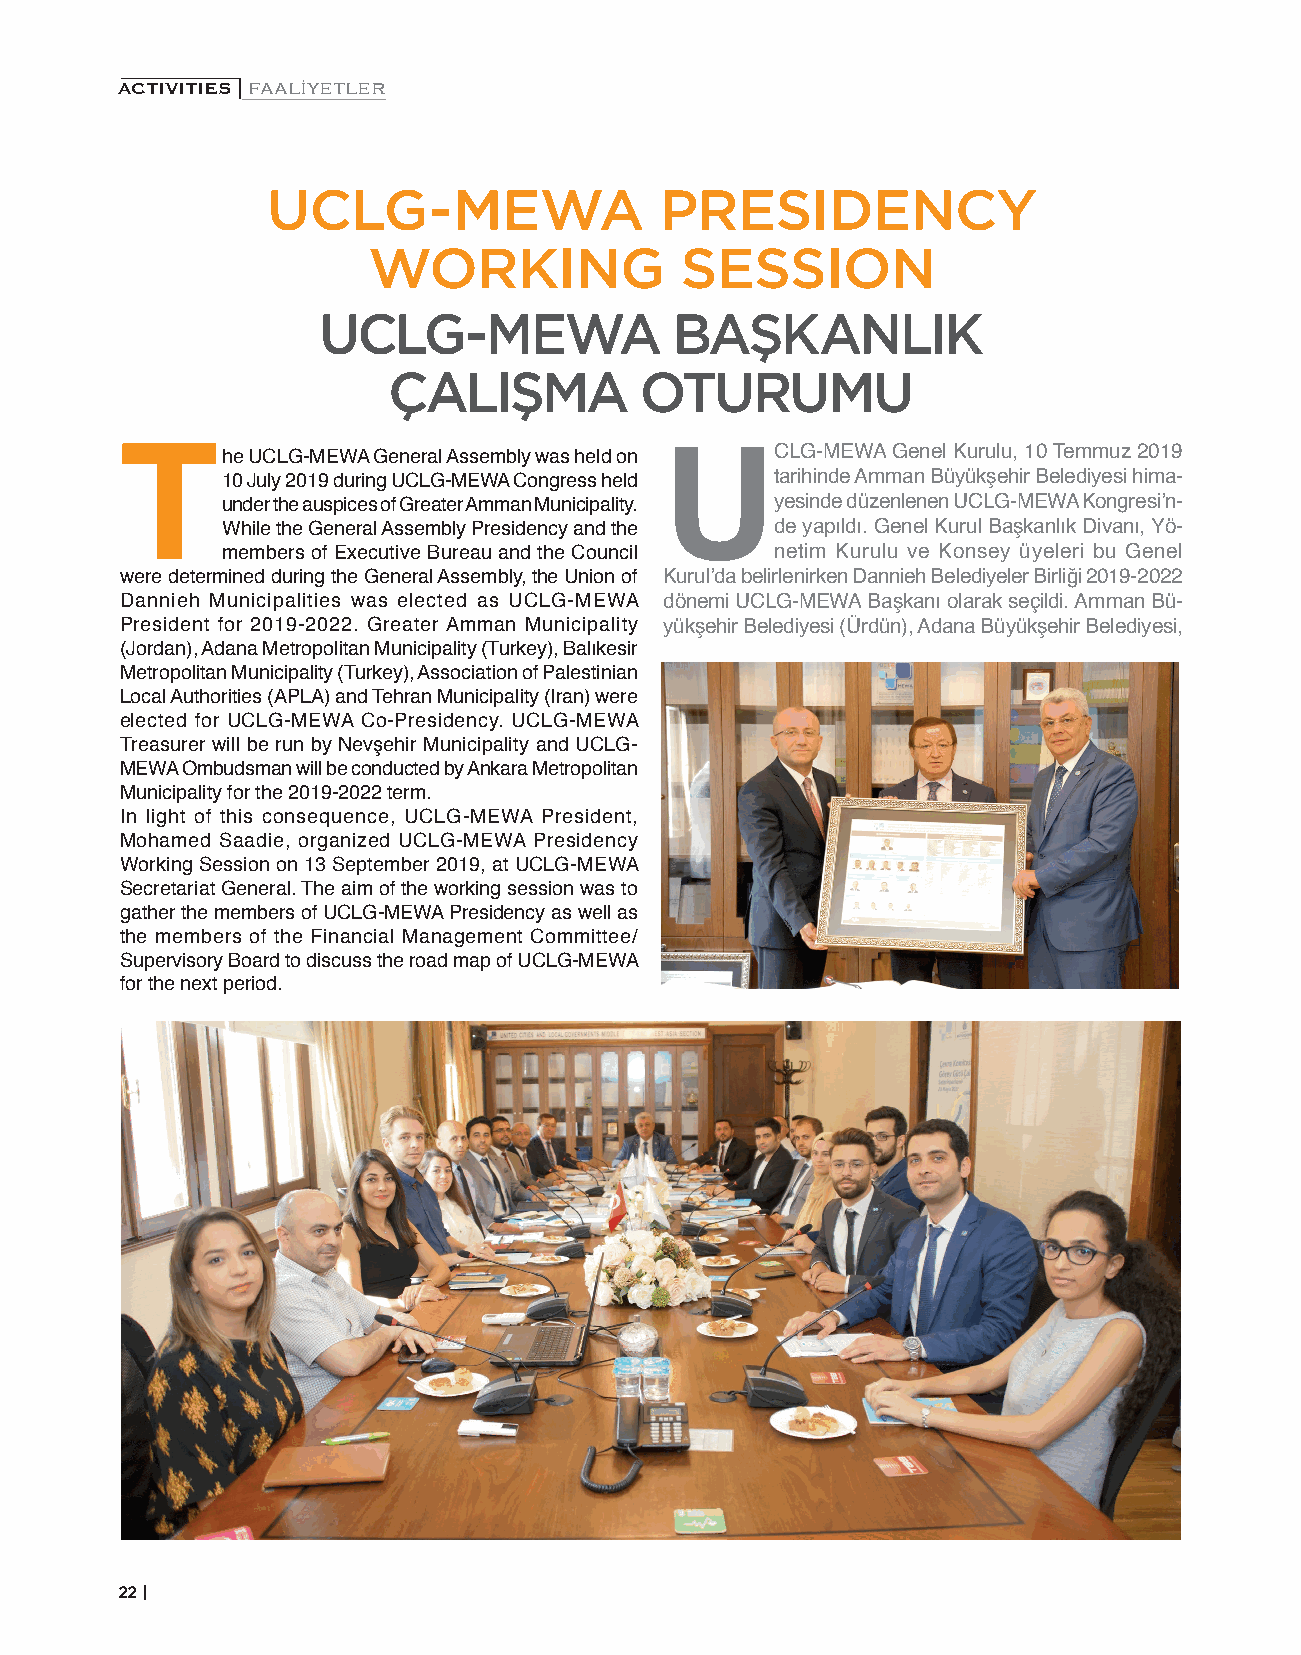
ACTIVITIES | FAALİYETLER
 UCLG-MEWA                 PRESIDENCY
 WORKING              SESSION
 UCLG-MEWA              BAŞKANLIK
 ÇALIŞMA          OTURUMU
 he UCLG-MEWA General Assembly was held on CLG-MEWA Genel Kurulu, 10 Temmuz 2019
 T10     July 2019 during UCLG-MEWA Congress held Utarihinde Amman Büyükşehir Belediyesi hima-
 under the auspices of Greater Amman Municipality. yesinde düzenlenen UCLG-MEWA Kongresi’n-
 While the General Assembly Presidency and the de yapıldı. Genel Kurul Başkanlık Divanı, Yö-
 members of Executive Bureau and the Council netim Kurulu ve Konsey üyeleri bu Genel
 were determined during the General Assembly, the Union of Kurul’da belirlenirken Dannieh Belediyeler Birliği 2019-2022
 Dannieh Municipalities was elected as UCLG-MEWA dönemi UCLG-MEWA Başkanı olarak seçildi. Amman Bü-
 President for 2019-2022. Greater Amman Municipality yükşehir Belediyesi (Ürdün), Adana Büyükşehir Belediyesi,
 (Jordan), Adana Metropolitan Municipality (Turkey), Balıkesir
 Metropolitan Municipality (Turkey), Association of Palestinian
 Local Authorities (APLA) and Tehran Municipality (Iran) were
 elected for UCLG-MEWA Co-Presidency. UCLG-MEWA
 Treasurer will be run by Nevşehir Municipality and UCLG-
 MEWA Ombudsman will be conducted by Ankara Metropolitan
 Municipality for the 2019-2022 term.
 In light of this consequence, UCLG-MEWA President,
 Mohamed Saadie, organized UCLG-MEWA Presidency
 Working Session on 13 September 2019, at UCLG-MEWA
 Secretariat General. The aim of the working session was to
 gather the members of UCLG-MEWA Presidency as well as
 the members of the Financial Management Committee/
 Supervisory Board to discuss the road map of UCLG-MEWA
 for the next period.
 22 |